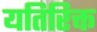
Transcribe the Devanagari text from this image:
यतिरिक्त